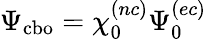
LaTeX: \Psi_{\mathrm{cbo}}=\chi_{0}^{(nc)}\Psi_{0}^{(ec)}